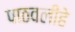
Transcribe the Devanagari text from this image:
पाठवलीहे